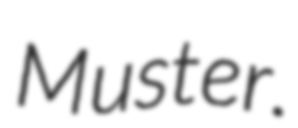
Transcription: Muster.